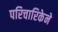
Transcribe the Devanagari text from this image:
परिचारिकेने